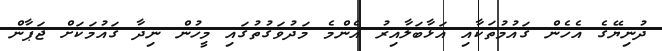
ދުނިޔޭގެ އެހެން ޤައުމުތަކާއި އަޅާބަލާއިރު އެންމެ މަދުވަގުތުގައި މީހުން ނިދާ ޤައުމަކަށް ޖަޕާން